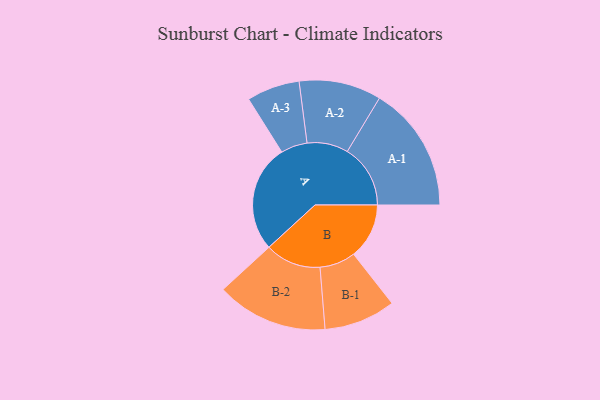
{"axis": {"x": "Segment", "y": "Value"}, "legend": ["", "A", "B"], "data": [{"x": "A", "y": 426, "type": ""}, {"x": "B", "y": 220, "type": ""}, {"x": "A-1", "y": 250, "type": "A"}, {"x": "A-2", "y": 163, "type": "A"}, {"x": "A-3", "y": 105, "type": "A"}, {"x": "B-1", "y": 142, "type": "B"}, {"x": "B-2", "y": 221, "type": "B"}]}